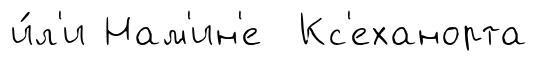
и́л'и Нам'ин'е Кс'еханорта